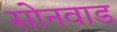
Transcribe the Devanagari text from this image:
सोनवाड